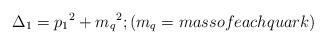
LaTeX: \begin{align*}\Delta_1 = {p_1}^2 + {m_q}^2 ; (m_q = mass of each quark)\end{align*}